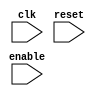
module DDR_SDRAM (
    input wire clk,
    input wire reset,
    input wire enable,
    // Add input and output ports for data, address, commands, etc.
);

// Define your internal signals and variables here

// Sequential logic blocks for data transfers
// Synchronization with clock signals
// Error correction mechanisms
// Address decoding
// Command processing
// Data multiplexing

// Define your inputs and outputs

endmodule